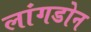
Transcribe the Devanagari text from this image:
लांगडोन